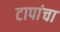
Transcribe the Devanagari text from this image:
टापांचा